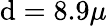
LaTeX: \mathrm{d}=8.9\mu